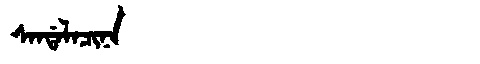
Manchu: ᠰᠠᠨᡩᠠᠯᠠᠴᡳᠨᠠ
Romanization: SANDALACINA